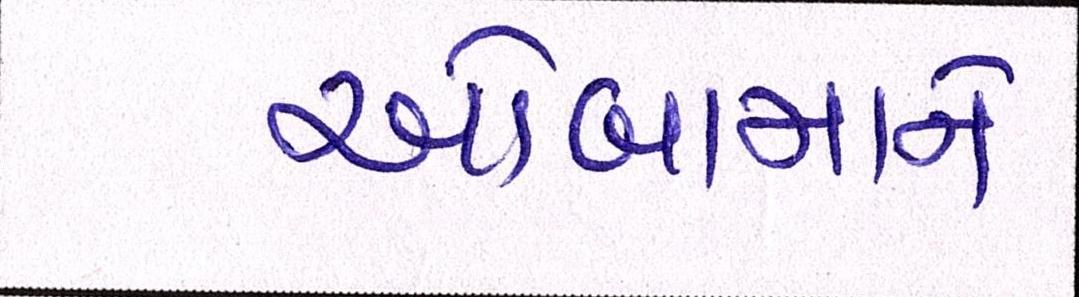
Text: ઓબામાનો